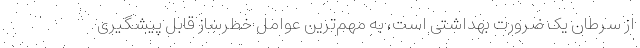
از سرطان یک ضرورت بهداشتی است، به مهم‌ترین عوامل خطرساز قابل پیشگیری